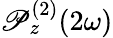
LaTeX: \mathscr{P}_{z}^{(2)}(2\omega)